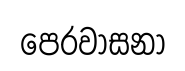
පෙරවාසනා